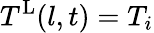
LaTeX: T^{\mathrm{L}}(l,t)=T_{i}